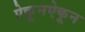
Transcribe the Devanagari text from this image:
ऐकूनऐकून